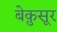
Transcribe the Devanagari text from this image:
बेक़ुसूर